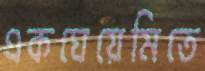
একঘেয়েমিতে